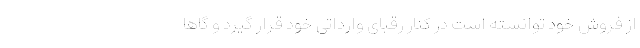
از فروش خود توانسته است در کنار رقبای وارداتی خود قرار گیرد و گاها